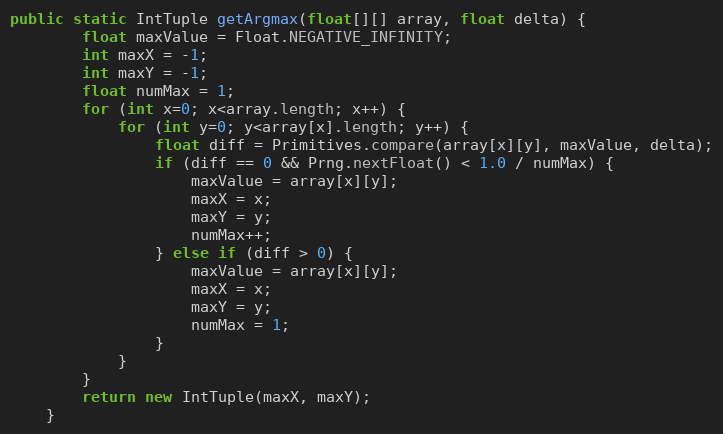
Language: Java
public static IntTuple getArgmax(float[][] array, float delta) {
        float maxValue = Float.NEGATIVE_INFINITY;
        int maxX = -1;
        int maxY = -1;
        float numMax = 1;
        for (int x=0; x<array.length; x++) {
            for (int y=0; y<array[x].length; y++) {
                float diff = Primitives.compare(array[x][y], maxValue, delta);
                if (diff == 0 && Prng.nextFloat() < 1.0 / numMax) {
                    maxValue = array[x][y];
                    maxX = x;
                    maxY = y;
                    numMax++;
                } else if (diff > 0) {
                    maxValue = array[x][y];
                    maxX = x;
                    maxY = y;
                    numMax = 1;
                }
            }
        }
        return new IntTuple(maxX, maxY);
    }